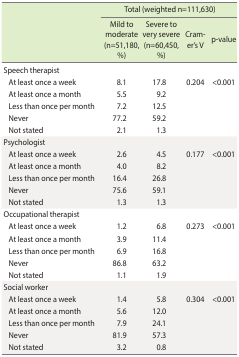
<table><thead><tr><td></td><td colspan="4"><b>Total (weighted n=111,630)</b></td></tr><tr><td></td><td><b>Mild to moderate (n=51,180, %)</b></td><td><b>Severe to very severe (n=60,450, %)</b></td><td><b>Cramer’s V</b></td><td><b>p-value</b></td></tr></thead><tbody><tr><td>Speech therapist</td><td></td><td></td><td></td><td></td></tr><tr><td> At least once a week</td><td>8.1</td><td>17.8</td><td>0.204</td><td>&lt;0.001</td></tr><tr><td> At least once a month</td><td>5.5</td><td>9.2</td><td></td><td></td></tr><tr><td> Less than once per month</td><td>7.2</td><td>12.5</td><td></td><td></td></tr><tr><td> Never</td><td>77.2</td><td>59.2</td><td></td><td></td></tr><tr><td> Not stated</td><td>2.1</td><td>1.3</td><td></td><td></td></tr><tr><td>Psychologist</td><td></td><td></td><td></td><td></td></tr><tr><td> At least once a week</td><td>2.6</td><td>4.5</td><td>0.177</td><td>&lt;0.001</td></tr><tr><td> At least once a month</td><td>4.0</td><td>8.2</td><td></td><td></td></tr><tr><td> Less than once per month</td><td>16.4</td><td>26.8</td><td></td><td></td></tr><tr><td> Never</td><td>75.6</td><td>59.1</td><td></td><td></td></tr><tr><td> Not stated</td><td>1.3</td><td>1.3</td><td></td><td></td></tr><tr><td>Occupational therapist</td><td></td><td></td><td></td><td></td></tr><tr><td> At least once a week</td><td>1.2</td><td>6.8</td><td>0.273</td><td>&lt;0.001</td></tr><tr><td> At least once a month</td><td>3.9</td><td>11.4</td><td></td><td></td></tr><tr><td> Less than once per month</td><td>6.9</td><td>16.8</td><td></td><td></td></tr><tr><td> Never</td><td>86.8</td><td>63.2</td><td></td><td></td></tr><tr><td> Not stated</td><td>1.1</td><td>1.9</td><td></td><td></td></tr><tr><td>Social worker</td><td></td><td></td><td></td><td></td></tr><tr><td> At least once a week</td><td>1.4</td><td>5.8</td><td>0.304</td><td>&lt;0.001</td></tr><tr><td> At least once a month</td><td>5.6</td><td>12.0</td><td></td><td></td></tr><tr><td> Less than once per month</td><td>7.9</td><td>24.1</td><td></td><td></td></tr><tr><td> Never</td><td>81.9</td><td>57.3</td><td></td><td></td></tr><tr><td> Not stated</td><td>3.2</td><td>0.8</td><td></td><td></td></tr></tbody></table>